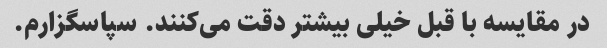
در مقایسه با قبل خیلی بیشتر دقت می‌کنند. سپاسگزارم.